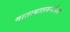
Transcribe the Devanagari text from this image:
माताबालसंगोपन